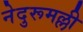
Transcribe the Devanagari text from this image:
नेदुरूमल्ली